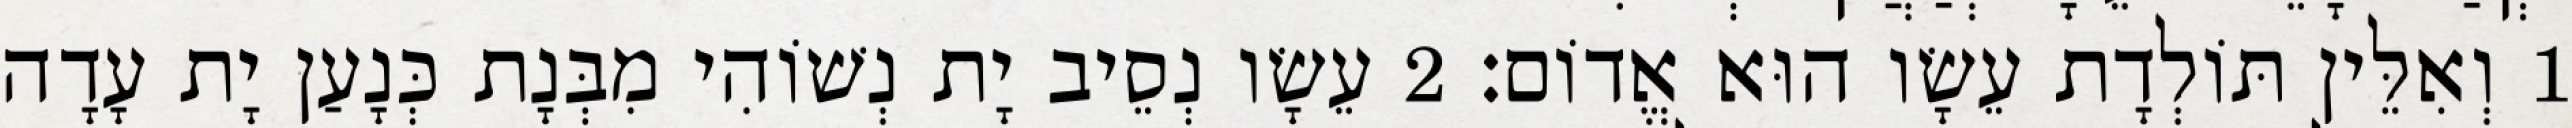
1 וְאִלֵּין תּוֹלְדָת עֵשָׂו הוּא אֱדוֹם׃ 2 עֵשָׂו נְסֵיב יָת נְשׁוֹהִי מִבְּנָת כְּנָעַן יָת עָדָה